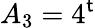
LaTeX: A_{3}=4^{\mathsf{t}}